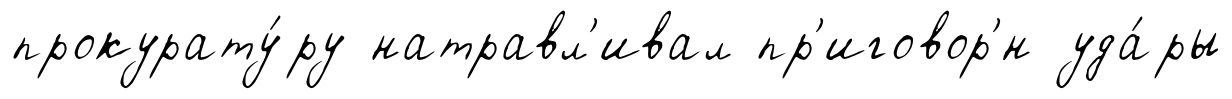
прокурату́ру натравл'ивал пр'иговор'́н уда́ры